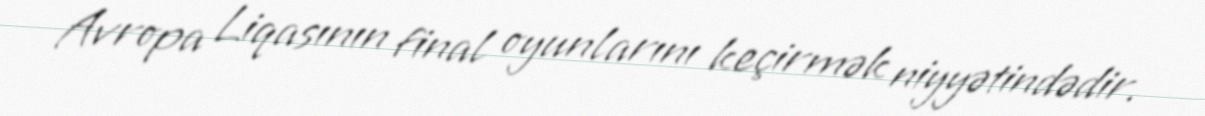
Avropa Liqasının final oyunlarını keçirmək niyyətindədir.